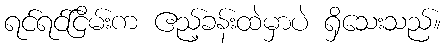
ရင်ရင်ငြိမ်းက ဧည့်ခန်းထဲမှာပဲ ရှိသေးသည်။